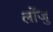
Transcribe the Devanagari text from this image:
लोंजु